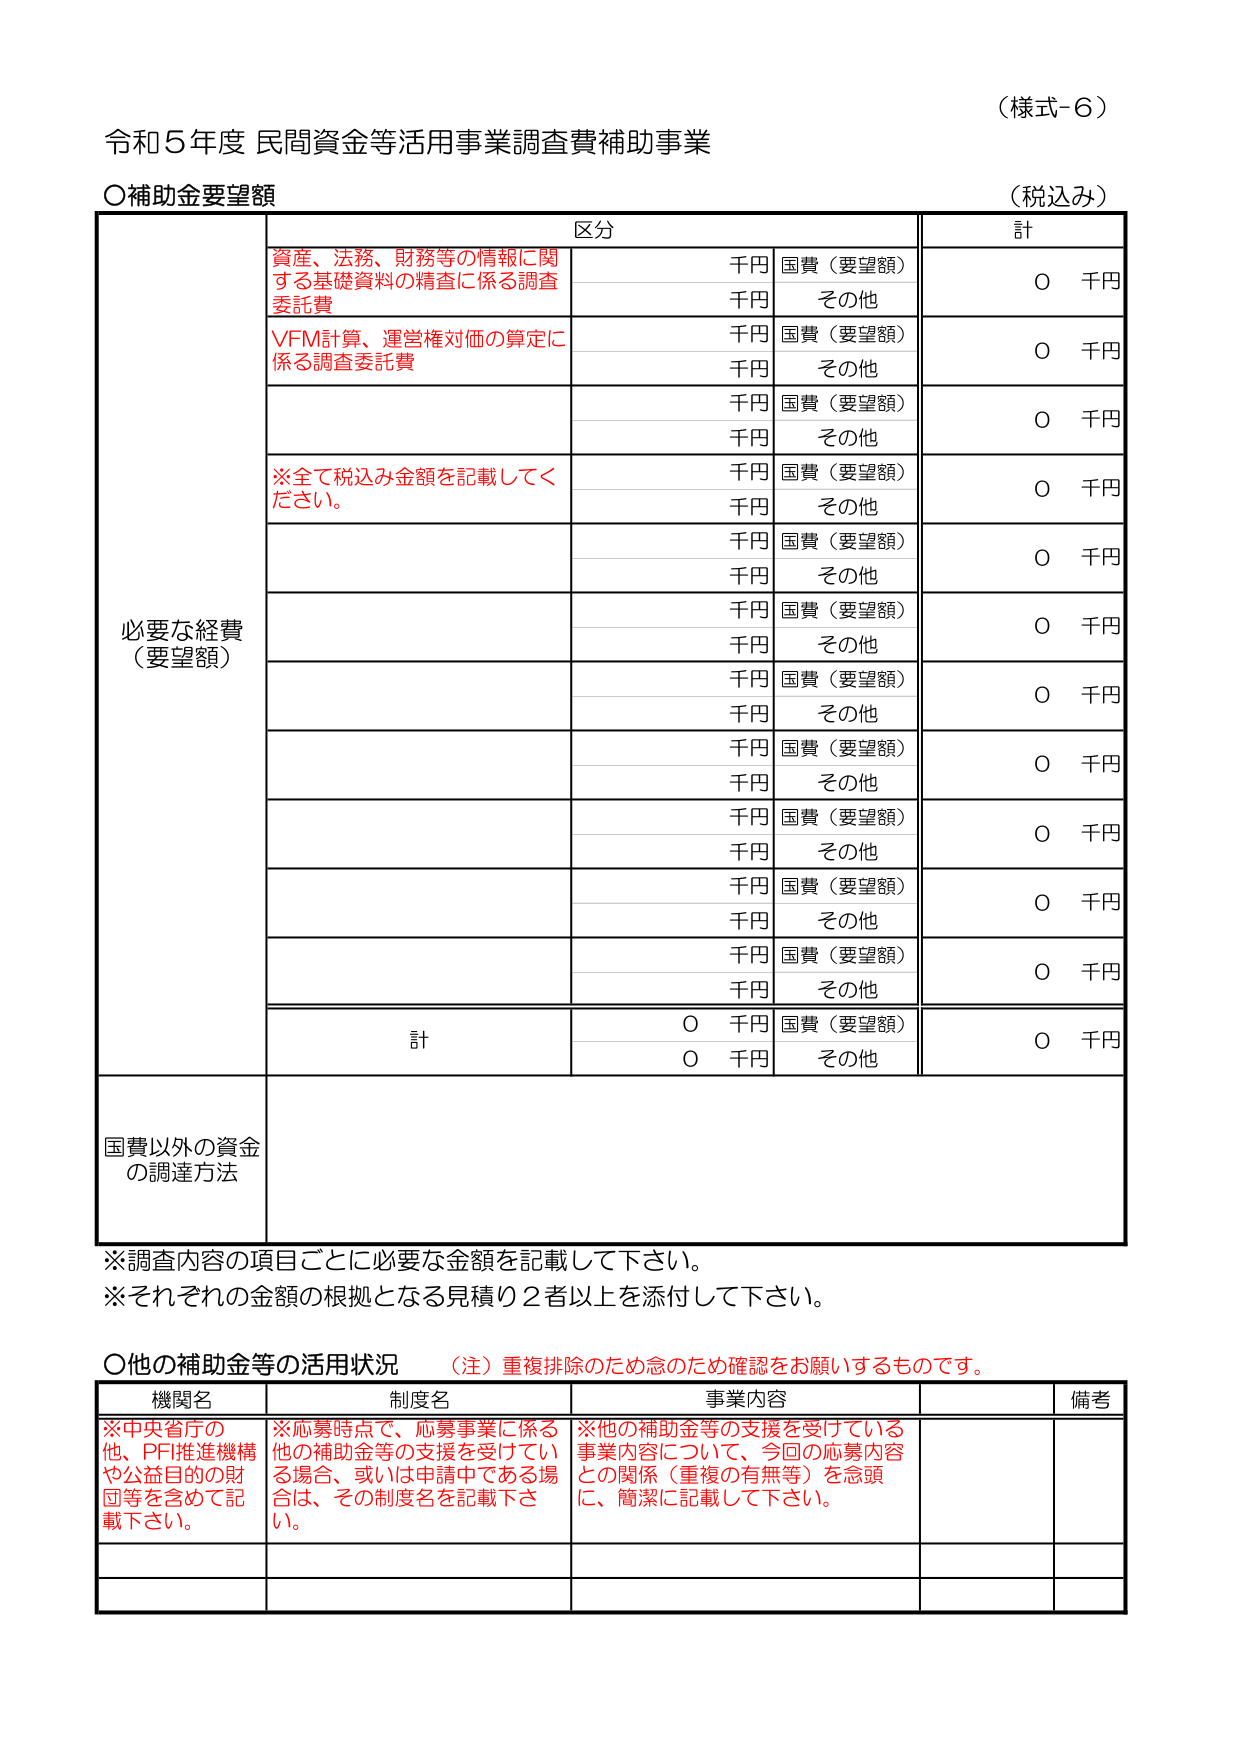
（様式-6）

令和5年度 民間資金等活用事業調査費補助事業

〇補助金要望額 （税込み）

区分 計

資産、法務、財務等の情報に関する基礎資料の精査に係る調査委託費 千円 国費（要望額） 0 千円
千円 その他

VFM計算、運営権対価の算定に係る調査委託費 千円 国費（要望額） 0 千円
千円 その他

千円 国費（要望額） 0 千円
千円 その他

※全て税込み金額を記載してください。 千円 国費（要望額） 0 千円
千円 その他

千円 国費（要望額） 0 千円
千円 その他

千円 国費（要望額） 0 千円
千円 その他

千円 国費（要望額） 0 千円
千円 その他

千円 国費（要望額） 0 千円
千円 その他

千円 国費（要望額） 0 千円
千円 その他

千円 国費（要望額） 0 千円
千円 その他

千円 国費（要望額） 0 千円
千円 その他

計 0 千円 国費（要望額） 0 千円
0 千円 その他

国費以外の資金の調達方法

※調査内容の項目ごとに必要な金額を記載してください。
※それぞれの金額の根拠となる見積り2者以上を添付してください。

〇他の補助金等の活用状況 （注）重複排除のため念のため確認をお願いするものです。

機関名 制度名 事業内容 備考

※中央省庁の他、PFI推進機構や公益目的の財団等を含めて記載下さい。 ※応募時点で、応募事業に係る他の補助金等の支援を受けている場合、或いは申請中である場合は、その制度名を記載下さい。 ※他の補助金等の支援を受けている事業内容について、今回の応募内容との関係（重複の有無等）を念頭に、簡潔に記載して下さい。